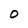
Character: O